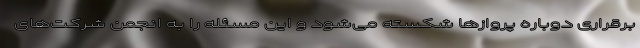
برقراری دوباره پروازها شکسته می‌شود و این مسئله را به انجمن شرکت‌های